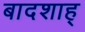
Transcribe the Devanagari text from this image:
बादशाह्